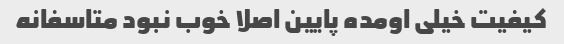
کیفیت خیلی اومده پایین اصلا خوب نبود متاسفانه